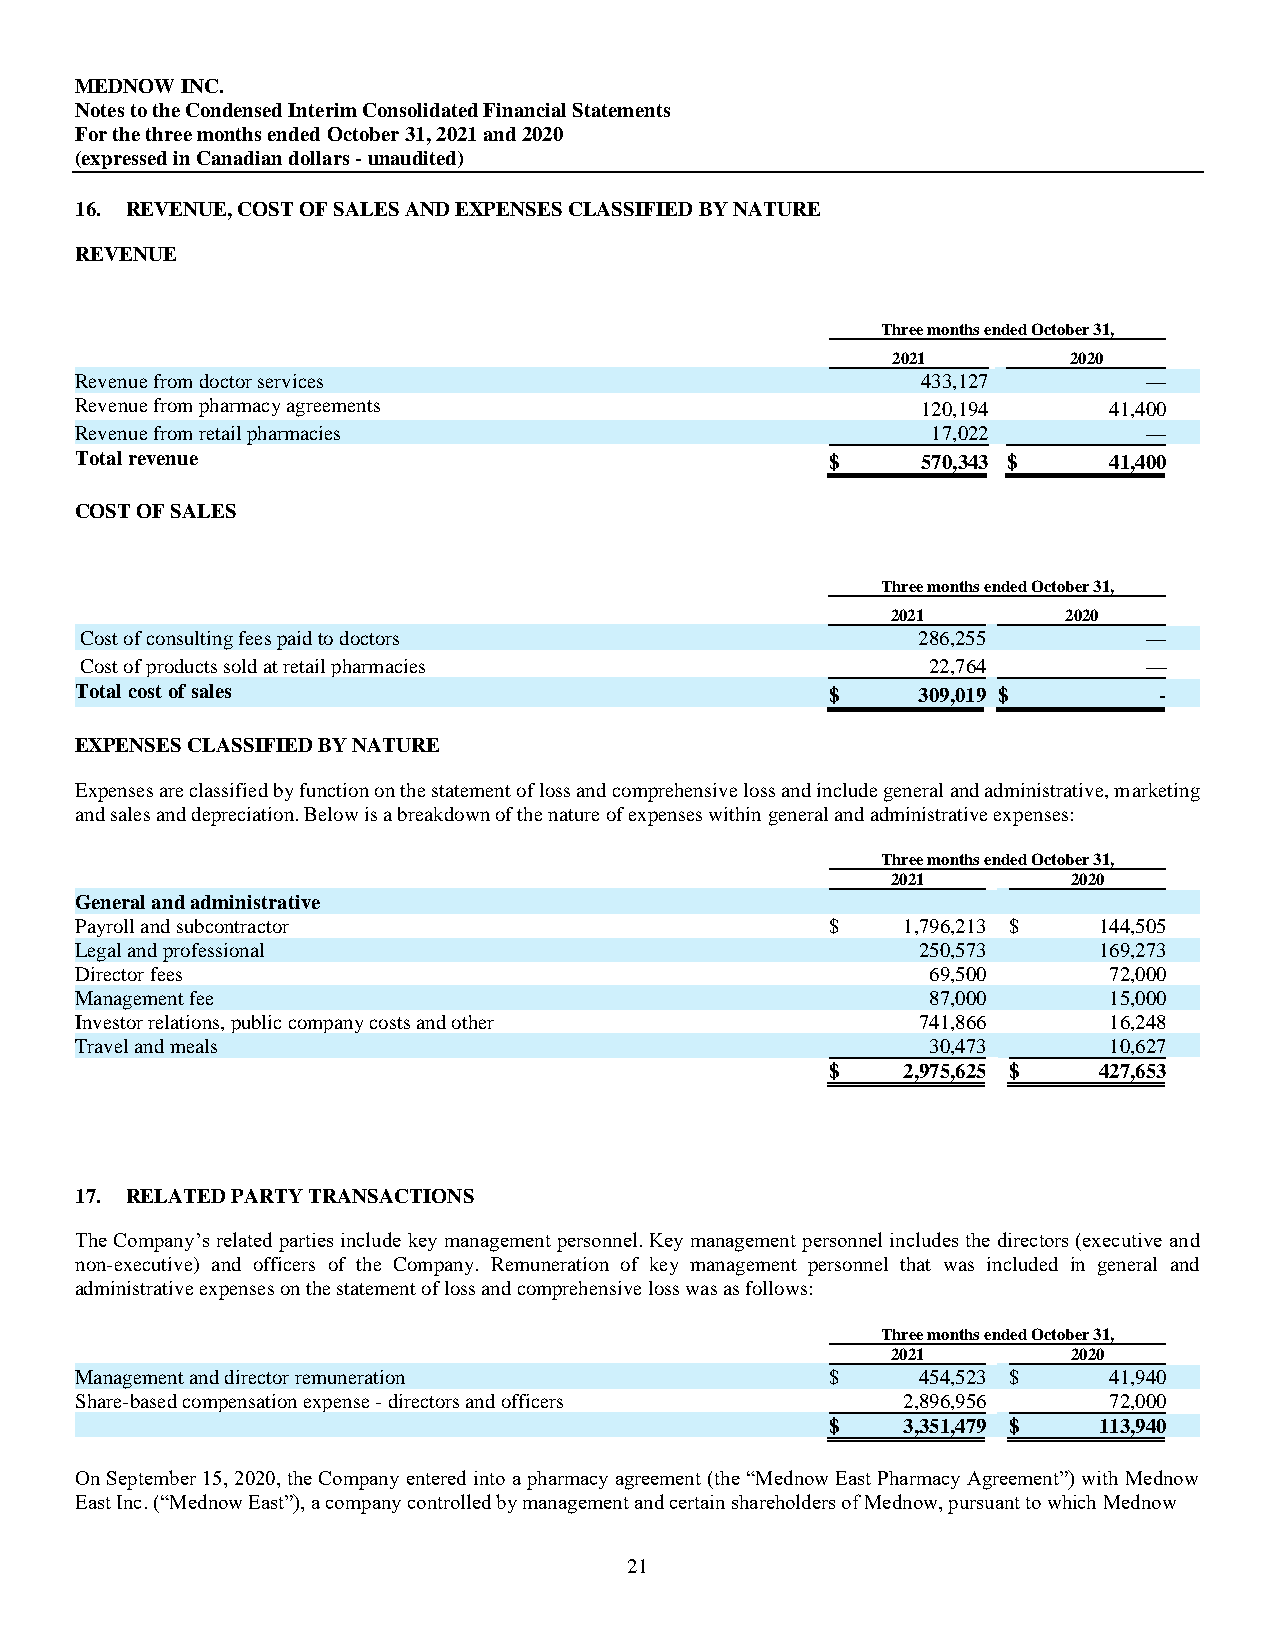
MEDNOW INC.
 Notes to the Condensed Interim Consolidated Financial Statements
 For the three months ended October 31, 2021 and 2020
 (expressed in Canadian dollars - unaudited)
 16. REVENUE, COST OF SALES AND EXPENSES CLASSIFIED BY NATURE
 REVENUE
 Three months ended October 31,
 2021        2020
 Revenue from doctor services                            433,127        —
 Revenue from pharmacy agreements                        120,194     41,400
 Revenue from retail pharmacies                           17,022        —
 Total revenue                                     $     570,343 $   41,400
 COST OF SALES
 Three months ended October 31,
 2021        2020
 Cost of consulting fees paid to doctors                 286,255        —
 Cost of products sold at retail pharmacies              22,764         —
 Total cost of sales                               $     309,019 $       -
 EXPENSES CLASSIFIED BY NATURE
 Expenses are classified by function on the statement of loss and comprehensive loss and include general and administrative, marketing
 and sales and depreciation. Below is a breakdown of the nature of expenses within general and administrative expenses:
 Three months ended October 31,
 2021        2020
 General and administrative
 Payroll and subcontractor                         $    1,796,213 $  144,505
 Legal and professional                                  250,573     169,273
 Director fees                                            69,500     72,000
 Management fee                                           87,000     15,000
 Investor relations, public company costs and other      741,866     16,248
 Travel and meals                                         30,473     10,627
 $    2,975,625 $  427,653
 17. RELATED PARTY TRANSACTIONS
 The Company’s related parties include key management personnel. Key management personnel includes the directors (executive and
 non-executive) and officers of the Company. Remuneration of key management personnel that was included in general and
 administrative expenses on the statement of loss and comprehensive loss was as follows:
 Three months ended October 31,
 2021        2020
 Management and director remuneration              $     454,523 $   41,940
 Share-based compensation expense - directors and officers 2,896,956 72,000
 $    3,351,479 $  113,940
 On September 15, 2020, the Company entered into a pharmacy agreement (the “Mednow East Pharmacy Agreement”) with Mednow
 East Inc. (“Mednow East”), a company controlled by management and certain shareholders of Mednow, pursuant to which Mednow
 21